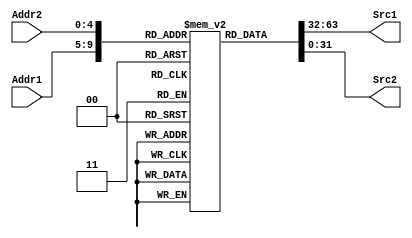
/*
 *	Template for Homework 1
 *	Copyright (C) 2021  Lee Kai Xuan or any person belong ESSLab.
 *	All Right Reserved.
 *
 *	This program is free software: you can redistribute it and/or modify
 *	it under the terms of the GNU General Public License as published by
 *	the Free Software Foundation, either version 3 of the License, or
 *	(at your option) any later version.
 *
 *	This program is distributed in the hope that it will be useful,
 *	but WITHOUT ANY WARRANTY; without even the implied warranty of
 *	MERCHANTABILITY or FITNESS FOR A PARTICULAR PURPOSE.  See the
 *	GNU General Public License for more details.
 *
 *	You should have received a copy of the GNU General Public License
 *	along with this program.  If not, see <https://www.gnu.org/licenses/>.
 *
 *	This file is for people who have taken the cource (1092 Computer
 *	Organizarion) to use.
 *	We (ESSLab) are not responsible for any illegal use.
 *
 */

/*
 * Declaration of Register File for this project.
 * CAUTION: DONT MODIFY THE NAME.
 */
module RF(
    input [4:0]Addr1,
    input [4:0]Addr2,
    output [31:0]Src1,
    output [31:0]Src2
);

	/* 
	 * Declaration of inner register.
	 * CAUTION: DONT MODIFY THE NAME AND SIZE.
	 */
	reg [31:0]R[0:31];

    // Reg MUXs
    assign Src1 = R[Addr1];
    assign Src2 = R[Addr2];
    
endmodule